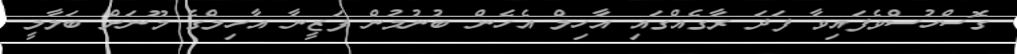
ގޮސްހުސްވެފައިވާ ފަދަ ރާގެއްގައި އާހިލް އެހެން ބުނުމުން ފަޒީނާ އާހިލްގެ މޫނަށް ބަލާލީ